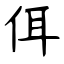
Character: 佴